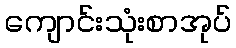
ကျောင်းသုံးစာအုပ်